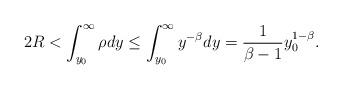
LaTeX: \begin{align*}2R<\int_{y_0}^\infty\rho dy \leq \int_{y_0}^\infty y^{-\beta}dy=\frac{1}{\beta-1}y_0^{1-\beta}.\end{align*}